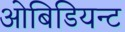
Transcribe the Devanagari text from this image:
ओबिडियन्ट